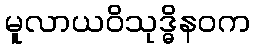
မူလာယဝိသုဒ္ဓိနဝက